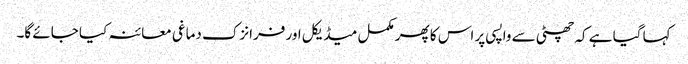
کہا گیا ہے کہ چھٹی سے واپسی پر اس کا پھر مکمل میڈیکل اور فرانزک دماغی معائنہ کیا جائے گا۔